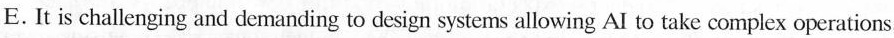
E. It is challenging and demanding to design systems allowing AI to take complex operations.